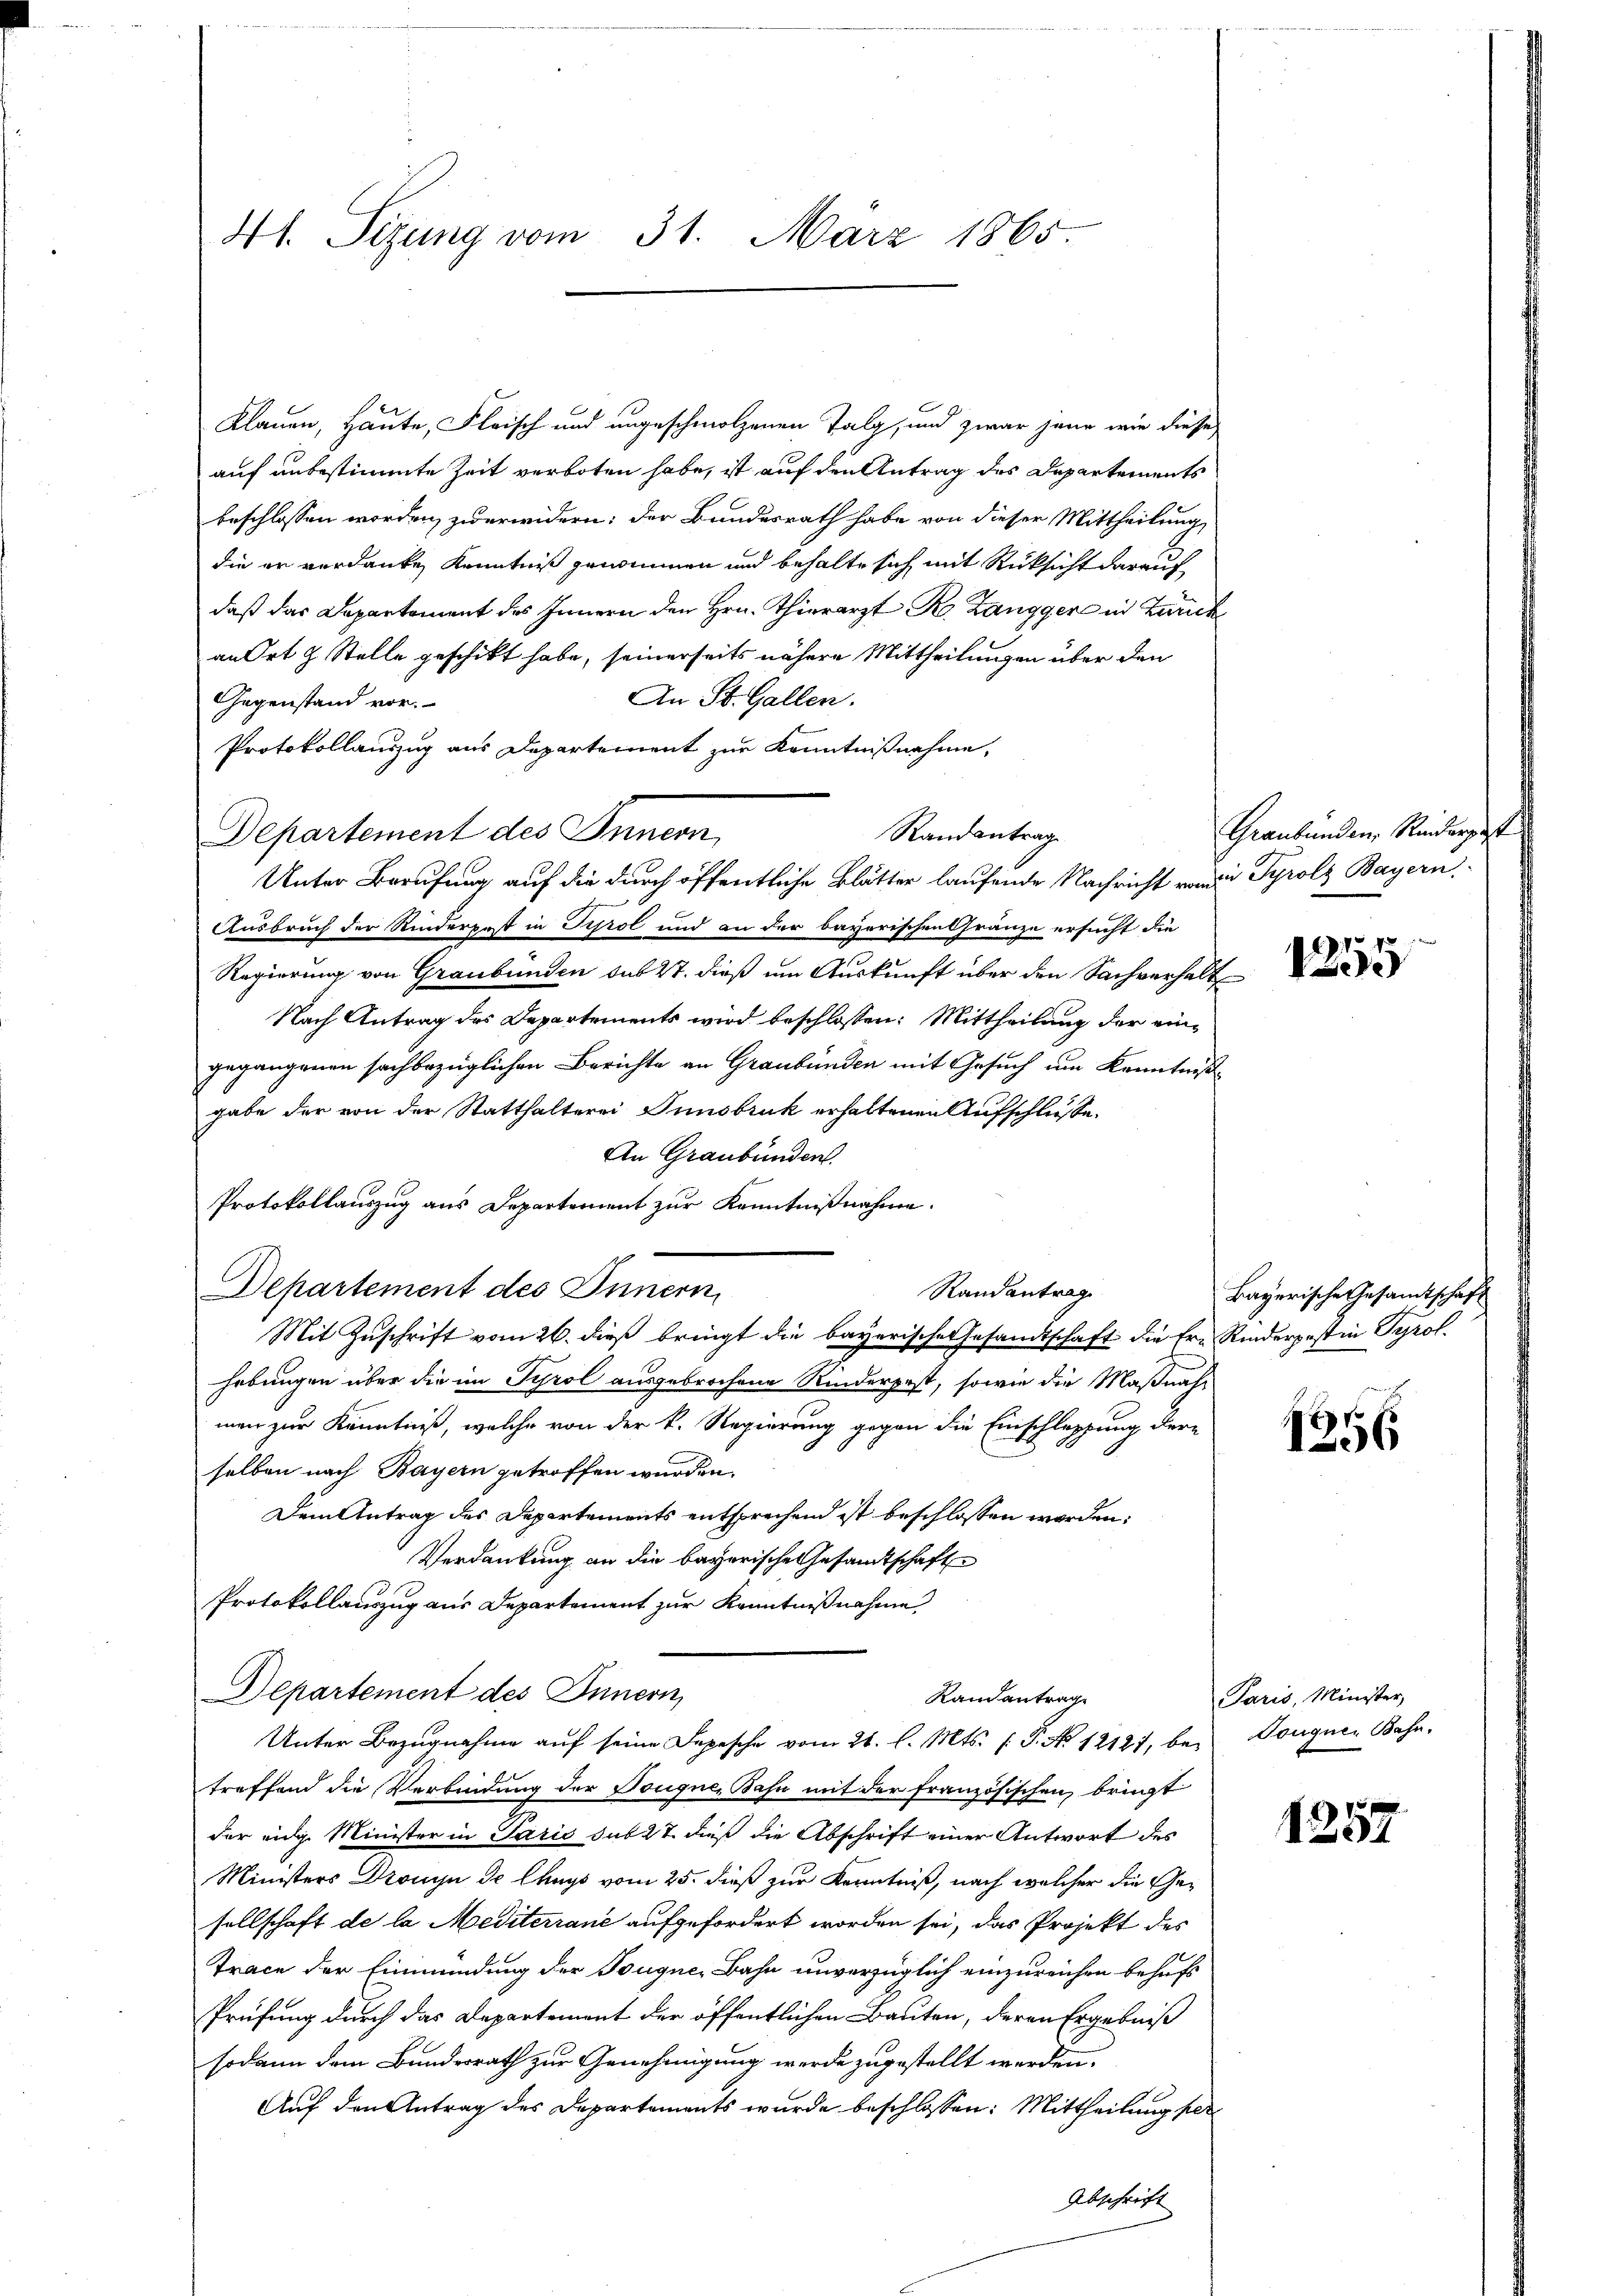
41. Sizung vom 31. März 1865.

Klauen, Heute, Fleisch und ungeschmolzenen Talg, und zwar jene wie diese
auf unbestimmte Zeit verboten habe, ist auf den Antrag des Departements
beschlossen worden, zuwerwidern; der Bundesrath habe von dieser Mittheilung
die er verdanken Kenntniß genommen und behalte sich mit Rücksicht darauf
daß das Departement des Innern den Hrn. Thierarzt R. Zangger in Zürch
an Ort & Stelle geschickt habe, seinerseits nähere Mittheilungen über den
An St. Gallen.
Gegenstand vor.
Protokollauszug aus Departement zur Kenntnißnahme,
Departement des Innern,
Ausbruch der Rinderpost in Tyrol und an der bayerischen Gränze ersucht die
Regierung von Graubünden sub 27. dieß um Auskunft über den Sachverhalt
Nach Antrag des Departements wird beschlossen: Mittheilung der eingegangenen sachbezüglichen Berichte an Graubünden mit Gesuch um Kenntnißgabe der von der Statthalterei Innsbruk erhaltenen Aufschlusse.
An Graubünden.
Protokollauszug aus Departement zur Kenntnißnahme.
Departement des Innern,
Randantrag
Mit Zuschrift vom 26. dieß bringt die bayerische Gesandtschaft die fre Rinderpost in Tyrol.
hebungen über die im Tyrol ausgebrochene Rinderpest, sowie die Maßnahmen zur Kenntniß, welche von der k. Regierung gegen die Einschleppung der
selben nach Bayern getroffen wurden.
Dem Antrag des Departements entsprechend ist beschlossen worden:
Verdankung an die bayerischen Gesamtschaft
Protokollauszug aus Departement zur Kenntnißnahme
Departement des Innern,
Randantrage
Unter Bezugnahme aŭf seine Depesche vom 21. l. Mts. (T. No 12121, bei Dougnen Bahn,
treffend die Verbindung der Tongue, Bahn mit der französischen, bringt
der eidg. Minister in Paris sub 27. dieß die Abschrift einer Antwort des
Ministers Drouin de Chays vom 25. dieß zur Kenntniß, nach welcher die Gesellschaft de la Mediterrane aufgefordert worden sei, das Projekt des
Trace der Einmündung der Bouque, Bahn unverzüglich einzureichen behufs
Prüfung durch das Departement der öffentlichen Bauten, deren Ergebniß
sodann dem Bundesrath zur Genehmigung werde zugestellt werden.
Auf den Antrag des Departements wurde beschlossen: Mittheilung her¬
Abschrift

Randantrag
Unter Berufung auf die durch öffentliche Blätter laufende Nachricht vom Tyrolz Bayern,

Graubünden, Rindergest

.

2
1255

Bayerische Gesamtschaft

1356

Paris, Minister

1257